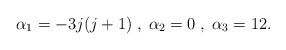
\begin{align*}\alpha_1 = -3j (j + 1)\; , \; \alpha_2 = 0 \; , \; \alpha_3 =12.\end{align*}